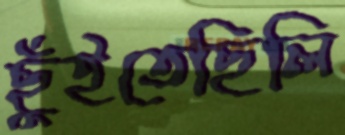
ছুঁইতেছিলি